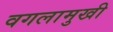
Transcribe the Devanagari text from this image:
वगलामुखी